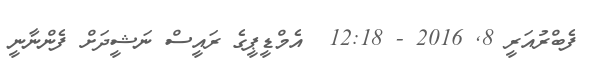
ފެބްރުއަރީ 8